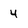
Character: 4